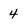
Character: 4